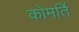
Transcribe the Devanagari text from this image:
कोमर्ति